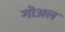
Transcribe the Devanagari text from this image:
गोअल